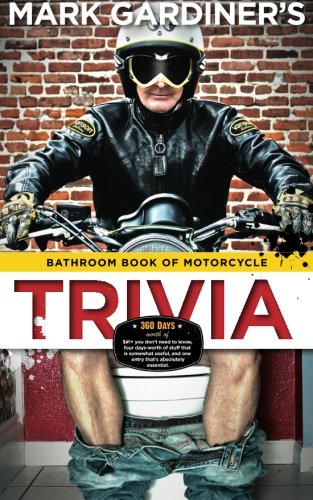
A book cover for Bathroom Book of Motorcycle Trivia: 360 days-worth of $#!+ you don't need to know,  four days-worth of stuff that is somewhat useful to know,  and one entry that's absolutely essential; Mark Gardiner; Engineering & Transportation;